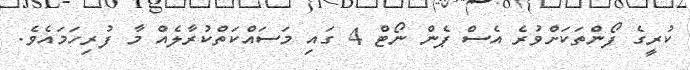
ކުރީގެ ފޯންތަކަށްވުރެ އެސް ޕެން ނޯޓް 4 ގައި މަސައްކަތްކުރާލެއް މާ ފުރިހަމައެވެ.